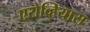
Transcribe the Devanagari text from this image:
एरोव्हियास